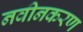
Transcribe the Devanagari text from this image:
नवीनकरण